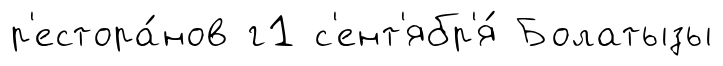
р'естора́нов г1 с'ент'ябр'я́ Болатызы